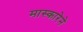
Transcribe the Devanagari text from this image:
मास्कारेने